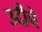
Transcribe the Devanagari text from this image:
उदीचे